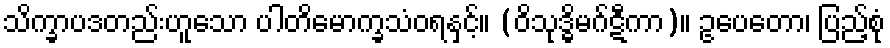
သိက္ခာပဒတည်းဟူသော ပါတိမောက္ခသံဝရနှင့်။ (ဝိသုဒ္ဓိမဂ်ဋီကာ)။ ဥပေတော၊ ပြည့်စုံ